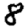
Digit: 8